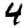
Digit: 4